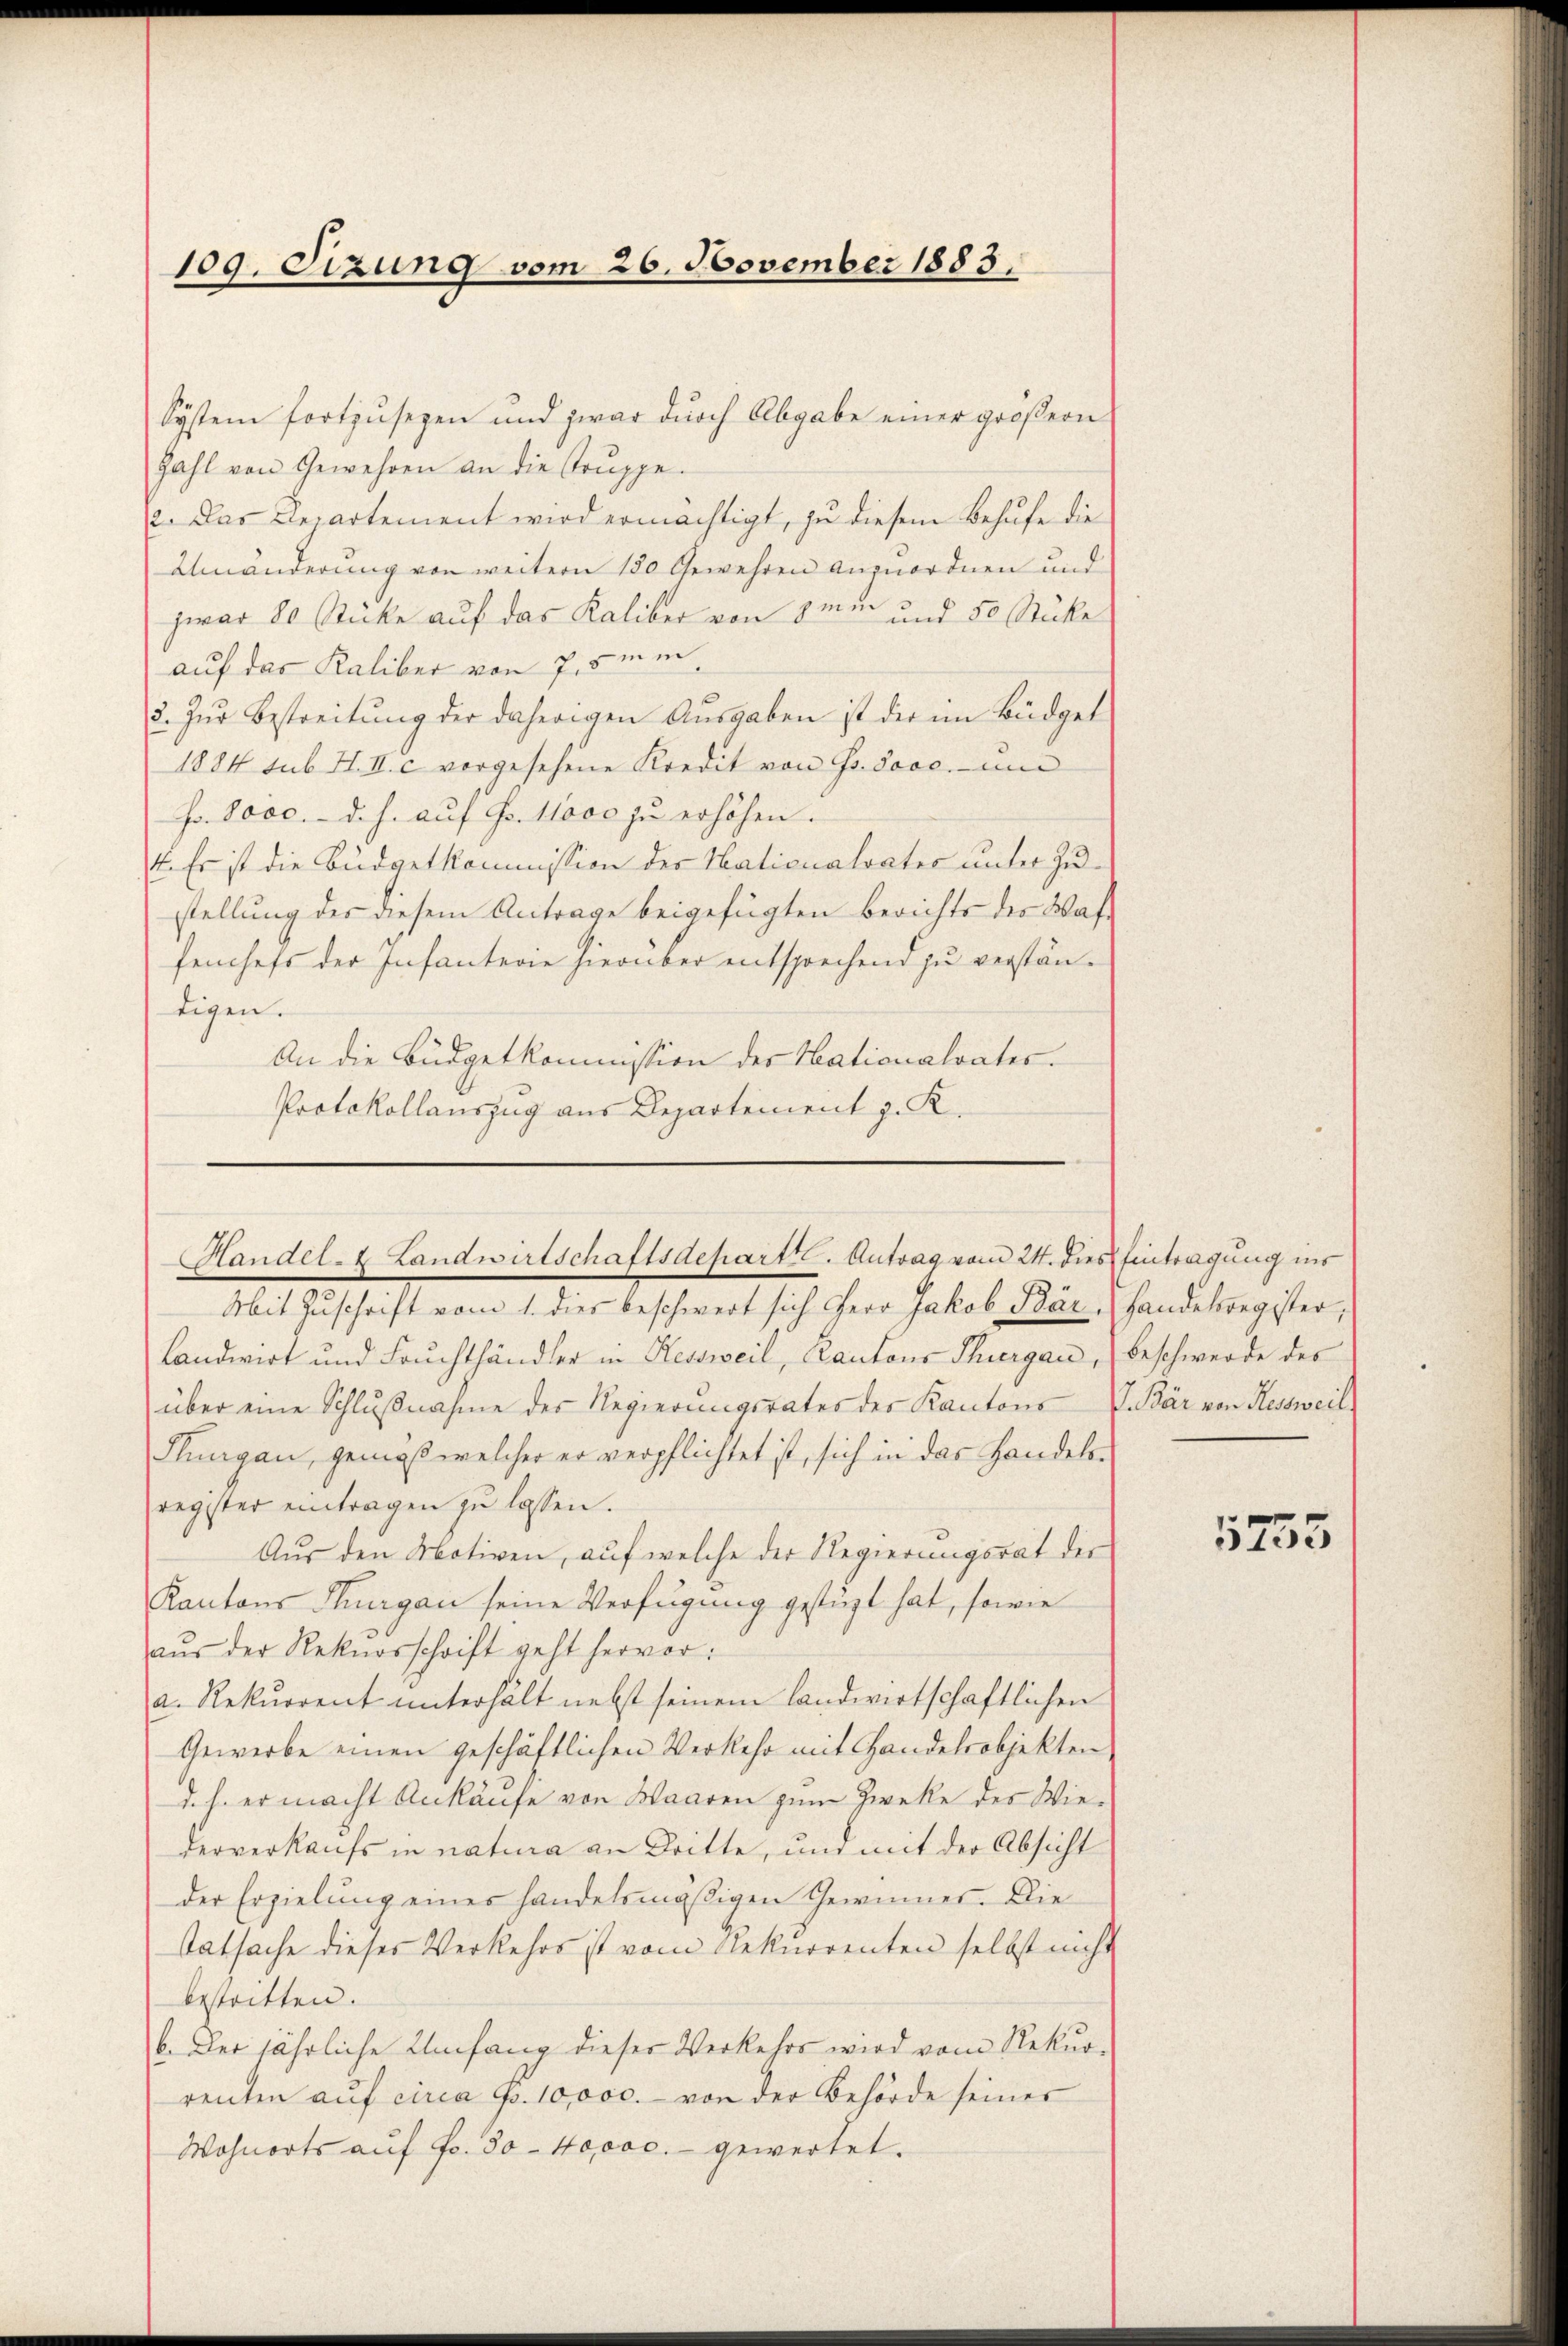
109. Sizung vom 26. November 1885.

System fortzusezen und zwar durch Abgabe einer gröβern
Zahl von Gewehren an die Gruppe.
2. Das Departement wird ermächtigt, zu diesem Behufe die
Umänderung von weitern 180 Gewehren anzuordnen und
zwar 80 Stücke auf das Kaliber von ime und 50 Stücke
auf das Kaliber von 7,5 min¬
3. zŭr Bestreitŭng der daherigen Aŭsgaben ist der im Büdget
1884 sub. H. II. c vorgesehene Kredit von Fr. Sooc. und
Fr. 8000.- d. h. auf Fr. 11000 zu erhöhen.
4. Es ist die Büdgetkommission des Nationalrates unter Zustellung des diesem Antrage beigefügten Berichts des Waffenchefs der Infanterie hierüber entsprechend zu verstäntigen.
An die Büdgetkommission der Nationalrates.
Protokollauszug aus Departement z. R.

Handel- & Landwirtschaftsdepartt. Antrag vom 24. dies Eintragung ins

Mit Zuschrift vom 1. dies beschwert sich Herr Jakob Bär, Handelsregister;
Landwirt und Fruchthändler in Kessweil, Kantons Thiergau, Beschwerde des
über eine Schlŭβnahme des Regierungsrates der Kantons P. Bär von Kessweil
Flurgau, gemäß welcher er verpflichtet ist, sich in das Handelsregister eintragen zu lassen.
Aus den Motiven, auf welche der Regierungsrat der
Kantons Thurgau seine Verfügung gestüzt hat, sowie
aŭs der Rekursschrift geht hervor:
a. Rekurrent unterhält nebst seinem landwirtschaftlichen
Gewerbe einen geschäftlichen Verkehr mit Handelrobjekten
d. h. er macht Ankäufe von Waaren zum Zwecke des Wiederverkaufs in natura an Dritte, und mit der Absicht
der Erzielung eines handelsmäßigen Gewinner. Die
tatsache dieses Verkehrs ist vom Rekurrenten selbst nicht
bestritten.
b. Der jährliche Umfang dieser Verkehrs wird vom Rekurrenten auf circa Fr. 10,000. von der Behörde seiner
Wohnorts auf Fr. 30 - 40000.- gewertet.

5253